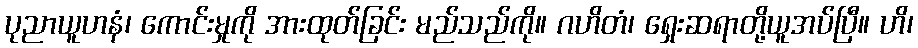
ပုညာယူဟနံ၊ ကောင်းမှုကို အားထုတ်ခြင်း မည်သည်ကို။ ဂဟိတံ၊ ရှေးဆရာတို့ယူအပ်ပြီ။ ဟိ၊